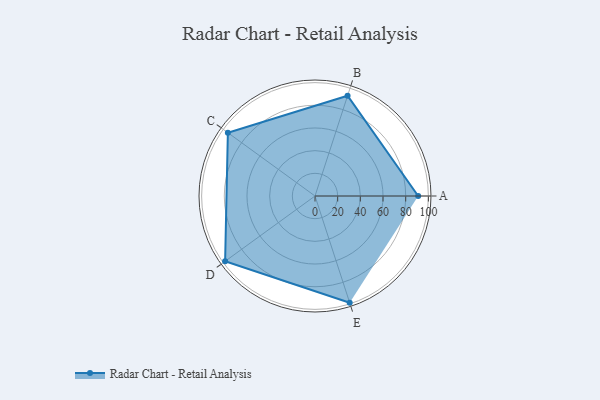
{"axis": {"x": "Skill", "y": "Score"}, "legend": ["Profile"], "data": [{"x": "A", "y": 91.0, "type": "Profile"}, {"x": "B", "y": 93.0, "type": "Profile"}, {"x": "C", "y": 95.0, "type": "Profile"}, {"x": "D", "y": 98.0, "type": "Profile"}, {"x": "E", "y": 99, "type": "Profile"}]}